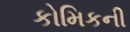
કોમિકની